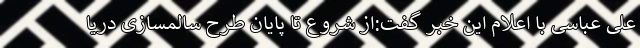
علی عباسی با اعلام این خبر گفت:از شروع تا پایان طرح سالمسازی دریا